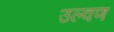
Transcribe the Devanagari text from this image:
उल्वण